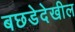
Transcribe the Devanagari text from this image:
बछडेदेखील